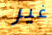
غير